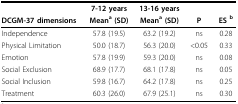
<table><thead><tr><td></td><td><b>7-12 years</b></td><td><b>13-16 years</b></td><td></td><td></td></tr><tr><td><b>DCGM-37 dimensions</b></td><td><b>Mean<sup>a </sup>(SD)</b></td><td><b>Mean<sup>a </sup>(SD)</b></td><td><b>P</b></td><td><b>ES <sup>b</sup></b></td></tr></thead><tbody><tr><td>Independence</td><td>57.8 (19.5)</td><td>63.2 (19.2)</td><td>ns</td><td>0.28</td></tr><tr><td>Physical Limitation</td><td>50.0 (18.7)</td><td>56.3 (20.0)</td><td>&lt; 0.05</td><td>0.33</td></tr><tr><td>Emotion</td><td>57.8 (19.9)</td><td>59.3 (20.0)</td><td>ns</td><td>0.08</td></tr><tr><td>Social Exclusion</td><td>68.9 (17.7)</td><td>68.1 (17.8)</td><td>ns</td><td>0.05</td></tr><tr><td>Social Inclusion</td><td>59.8 (16.7)</td><td>64.2 (17.8)</td><td>ns</td><td>0.25</td></tr><tr><td>Treatment</td><td>60.3 (26.0)</td><td>67.9 (25.1)</td><td>ns</td><td>0.30</td></tr></tbody></table>